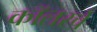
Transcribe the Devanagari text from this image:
कॉलरचे